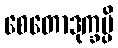
စေတောဒုက္ခမ္ပိ